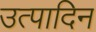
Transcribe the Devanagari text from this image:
उत्पादिन